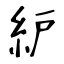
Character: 䋆